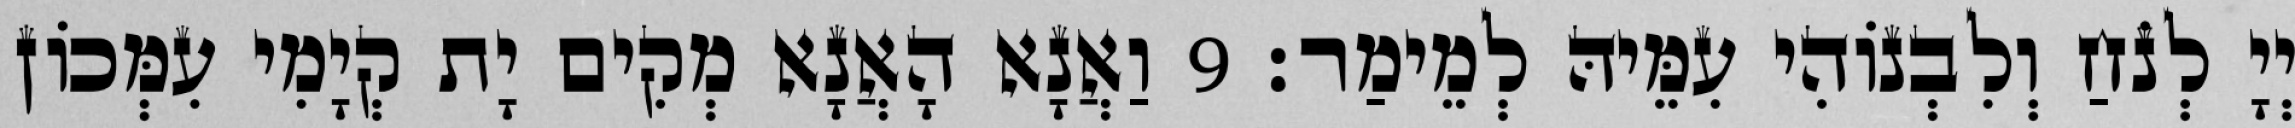
יְיָ לְנֹחַ וְלִבְנוֹהִי עִמֵּיהּ לְמֵימַר׃ 9 וַאֲנָא הָאֲנָא מְקִים יָת קְיָמִי עִמְּכוֹן